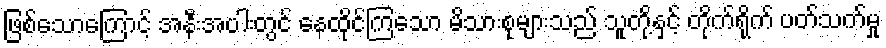
ဖြစ်သောကြောင့် အနီးအပါးတွင် နေထိုင်ကြသော မိသားစုများသည် သူတို့နှင့် တိုက်ရိုက် ပတ်သက်မှု